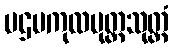
ပဌမကုလပုတ္တသုတ္တံ